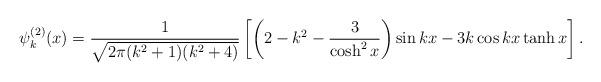
LaTeX: \begin{align*}\psi^{(2)}_{k} (x) = \frac{1}{\sqrt{2 \pi (k^{2}+1)(k^{2}+4)}}\left[ \left( 2-k^{2} - \frac{3}{\cosh^{2} x} \right) \sin kx - 3k \cos kx \tanh x \right]. \end{align*}